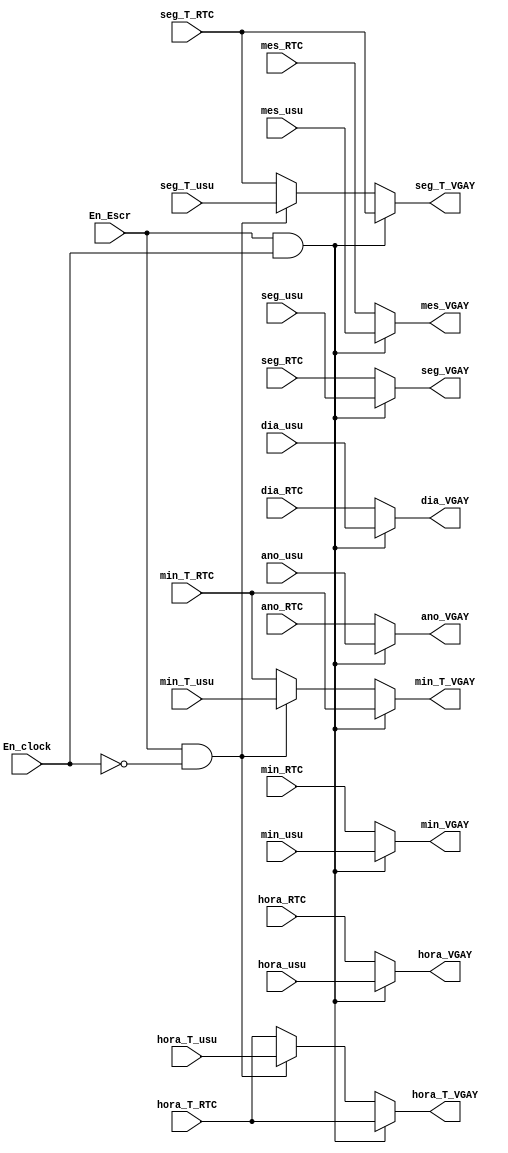
`timescale 1ns / 1ps
//////////////////////////////////////////////////////////////////////////////////
// Company: 
// Engineer: 
// 
// Design Name: 
// Module Name:    Mux_VGA 
// Project Name: 
// Target Devices: 
// Tool versions: 
// Description: 
//
// Dependencies: 
//
// Revision: 
// Revision 0.01 - File Created
// Additional Comments: 
//
//////////////////////////////////////////////////////////////////////////////////
module Mux_VGA( input En_Escr,En_clock,
input wire [7:0] seg_usu, min_usu, hora_usu, dia_usu, mes_usu, ano_usu, // datos que vienen del modulo de luis
seg_T_usu, min_T_usu, hora_T_usu, 			// datos que vienen del modulo de luis
seg_RTC, min_RTC, hora_RTC, dia_RTC, mes_RTC, ano_RTC,	// datos que vienen del modulo de lectura
seg_T_RTC, min_T_RTC, hora_T_RTC, 		// datos que vienen del modulo de lectura
output reg [7:0] seg_VGAY, min_VGAY, hora_VGAY, dia_VGAY, mes_VGAY, ano_VGAY,  // salidas que van apara el modulo de VGA
seg_T_VGAY, min_T_VGAY, hora_T_VGAY				// salidas que van apara el modulo de VGA
    );

always@* 

//// Si se esta escribiendo y esta ingresando los datos del reloj ////
		if (En_Escr && En_clock) begin
		/// datos ingresados por el usuario////
			seg_VGAY = seg_usu; 
			min_VGAY = min_usu;
			hora_VGAY = hora_usu;
			dia_VGAY = dia_usu;
			mes_VGAY = mes_usu;
			ano_VGAY = ano_usu;
		/// Datos de la maquina de lectura	 ////
			seg_T_VGAY = seg_T_RTC;
			min_T_VGAY = min_T_RTC;
			hora_T_VGAY =  hora_T_RTC;
				end
//// Si se esta escribiendo y esta ingresando los datos del timer ////				
		else if (En_Escr && ~En_clock) begin
		/// Datos de la maquina de lectura	 ////
			seg_VGAY = seg_RTC; 
			min_VGAY = min_RTC;
			hora_VGAY = hora_RTC;
			dia_VGAY = dia_RTC;
			mes_VGAY = mes_RTC;
			ano_VGAY = ano_RTC;
		/// datos ingresados por el usuario////
			seg_T_VGAY = seg_T_usu;
			min_T_VGAY = min_T_usu;
			hora_T_VGAY =  hora_T_usu;
			end
//// Si no se esta escribiendo, lee lo de la maquina de lectura ////				
		else  begin
			seg_VGAY = seg_RTC; 
			min_VGAY = min_RTC;
			hora_VGAY = hora_RTC;
			dia_VGAY = dia_RTC;
			mes_VGAY = mes_RTC;
			ano_VGAY = ano_RTC;
			seg_T_VGAY = seg_T_RTC;
			min_T_VGAY = min_T_RTC;
			hora_T_VGAY =  hora_T_RTC;
			end
				
endmodule